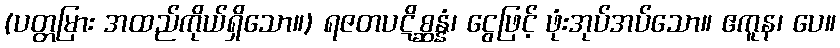
(ပတ္တမြား အထည်ကိုယ်ရှိသော။) ရဇတပဋိစ္ဆန္နံ၊ ငွေဖြင့် ဖုံးအုပ်အပ်သော။ ဧကူန၊ ပေ။